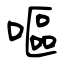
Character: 嘔